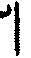
1